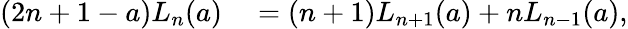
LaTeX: \begin{array}{rl}{(2n+1-a)L_{n}(a)}&{{}=(n+1)L_{n+1}(a)+nL_{n-1}(a),}\end{array}